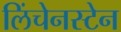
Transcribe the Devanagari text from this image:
लिंचेनस्टेन